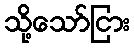
သို့သော်ငြား